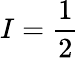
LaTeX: I={\frac{1}{2}}